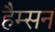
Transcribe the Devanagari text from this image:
हैम्सन